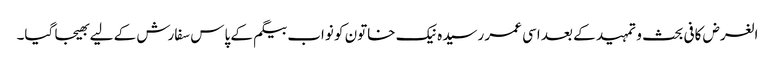
الغرض کافی بحث و تمہید کے بعد اسی عمر رسیدہ نیک خاتون کو نواب بیگم کے پاس سفارش کے لیے بھیجا گیا۔